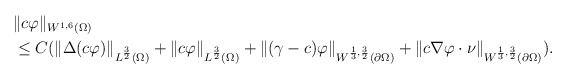
\begin{align*}\begin{aligned}&\|c\varphi \|_{W^{1,6}(\Omega)}\\&\le C( \|\Delta(c \varphi) \|_{L^{\frac{3}{2}}(\Omega)} +\| c \varphi\|_{L^{\frac{3}{2}}(\Omega)} + \| (\gamma-c) \varphi \|_{W^{\frac{1}{3},\frac{3}{2}}(\partial\Omega)} +\| c\nabla \varphi \cdot \nu \|_{W^{\frac{1}{3},\frac{3}{2}}(\partial\Omega)} ).\end{aligned}\end{align*}